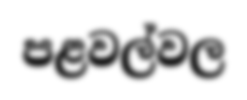
පළවල්වල